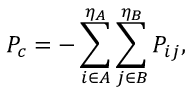
P _ { c } = - \sum _ { i \in A } ^ { \eta _ { A } } \sum _ { j \in B } ^ { \eta _ { B } } { P } _ { i j } ,